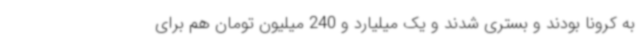
به کرونا بودند و بستری شدند و یک میلیارد و 240 میلیون تومان هم برای